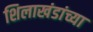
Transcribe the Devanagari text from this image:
शिलाखंडांच्या